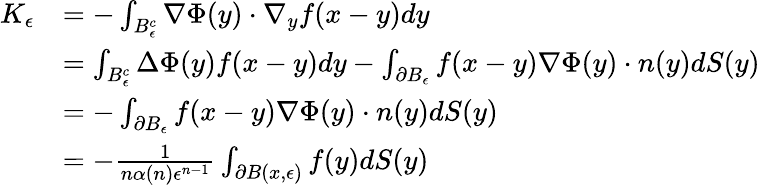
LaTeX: \begin{array}{rl}{K_{\epsilon}}&{=-\int_{B_{\epsilon}^{c}}\nabla\Phi(y)\cdot\nabla_{y}f(x-y)dy}\\ &{=\int_{B_{\epsilon}^{c}}\Delta\Phi(y)f(x-y)dy-\int_{\partial B_{\epsilon}}f(x-y)\nabla\Phi(y)\cdot n(y)dS(y)}\\ &{=-\int_{\partial B_{\epsilon}}f(x-y)\nabla\Phi(y)\cdot n(y)dS(y)}\\ &{=-\frac{1}{n\alpha(n)\epsilon^{n-1}}\int_{\partial B(x,\epsilon)}f(y)dS(y)}\end{array}